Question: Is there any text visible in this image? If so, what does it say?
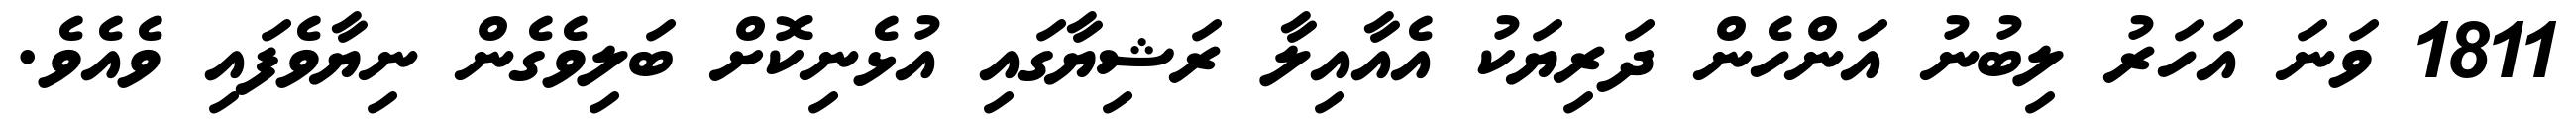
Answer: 1811 ވަނަ އަހަރު ލިބުނު އަންހެން ދަރިޔަކު އެއާއިލާ ރަޝިޔާގައި އުޅެނިކޮށް ބަލިވެގެން ނިޔާވެފައި ވެއެވެ.